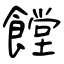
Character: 饄